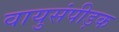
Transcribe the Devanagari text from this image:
वायुसंपीड़क